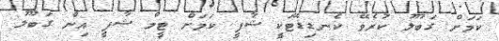
ކަމަށް ގަބޫލު ކުރެވޭ ކެނޑިޑޭޓަކީ ޝާފީ ކަމަށް ޓީމް ޝާފީ އިން ގަބޫލު